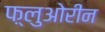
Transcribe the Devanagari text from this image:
फ़्लुओरीन